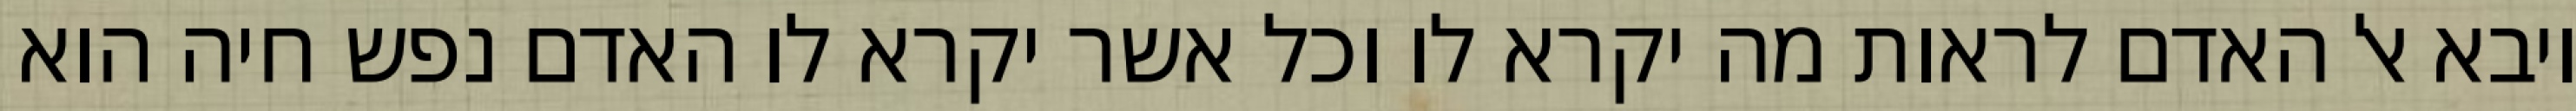
ויבא אל האדם לראות מה יקרא לו וכל אשר יקרא לו האדם נפש חיה הוא